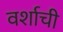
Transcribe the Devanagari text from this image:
वर्शाची